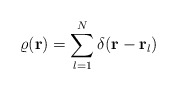
\begin{align*}\varrho({\bf r})=\sum_{l=1}^N\delta({\bf r}-{\bf r}_l)\end{align*}